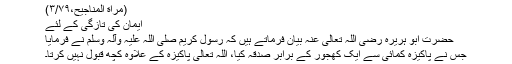
(مراٰة المناجیح،٣/٧٩)
ایمان کی تازگی کے لئے
حضرت ابو ہریرہ رضی اللہ تعالیٰ عنہ بیان فرماتے ہیں کہ رسول کریم صلی اللہ علیہ وآلہ وسلم نے فرمایا
جس نے پاکیزہ کمائی سے ایک کھجور کے برابر صدقہ کیا، اللہ تعالیٰ پاکیزہ کے علاوہ کچھ قبول نہیں کرتا۔